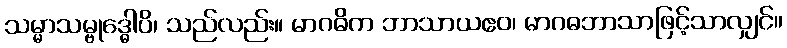
သမ္မာသမ္ဗုဒ္ဓေါပိ၊ သည်လည်း။ မာဂဓိက ဘာသာယဧဝ၊ မာဂဓဘာသာဖြင့်သာလျှင်။